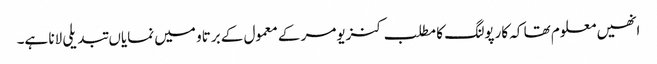
انھیں معلوم تھا کہ کارپولنگ کا مطلب کنزیومر کے معمول کے برتاو میں نمایاں تبدیلی لانا ہے۔